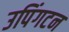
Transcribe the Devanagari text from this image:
उपिंगटन